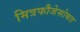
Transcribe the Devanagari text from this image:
मित्रफौजेसोबत